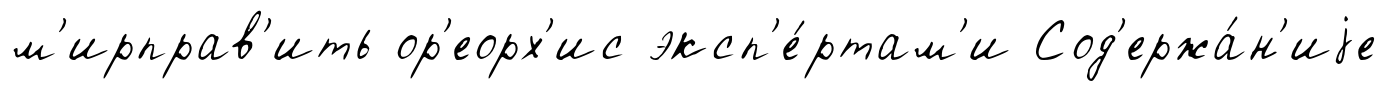
м'ирправ'ить ор'еорх'ис эксп'е́ртам'и Сод'ержа́н'иjе